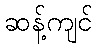
ဆန့်ကျင်